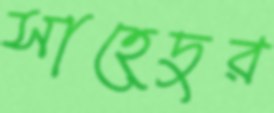
সাহেদুর